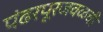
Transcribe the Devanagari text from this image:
पंढरपूरजवळची